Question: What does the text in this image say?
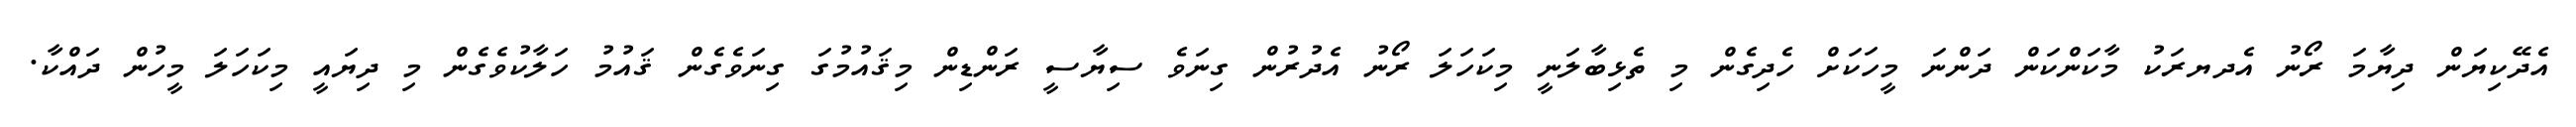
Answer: އެދޭކިޔަން ދިޔާމަ ރޯނު އެދޔރަކު މާކަންކަން ދަންނަ މީހަކަށް ހެދިގެން މި ތެޅިބާލަނީ މިކަހަލަ ރޯނު އެދުރުން ގިނަވެ ސިޔާސީ ރަންޑިން މިޤައުމުގަ ގިނަވެގެން ޤައުމު ހަލާކުވެގެން މި ދިޔައީ މިކަހަލަ މީހުން ދައްކާ.